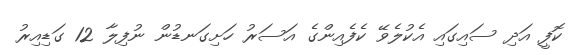
ކޮފީ އަދި ސައިގައި އެކުލެވޭ ކެފެއިންގެ އަސަރު ހަށިގަނޑުން ނުފިލާ 12 ގަޑިއިރު